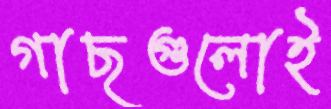
গাছগুলোই